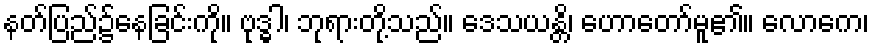
နတ်ပြည်၌နေခြင်းကို။ ဗုဒ္ဓါ၊ ဘုရားတို့သည်။ ဒေသယန္တိ၊ ဟောတော်မူ၏။ လောကေ၊